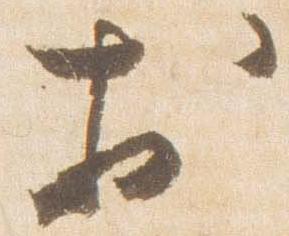
於